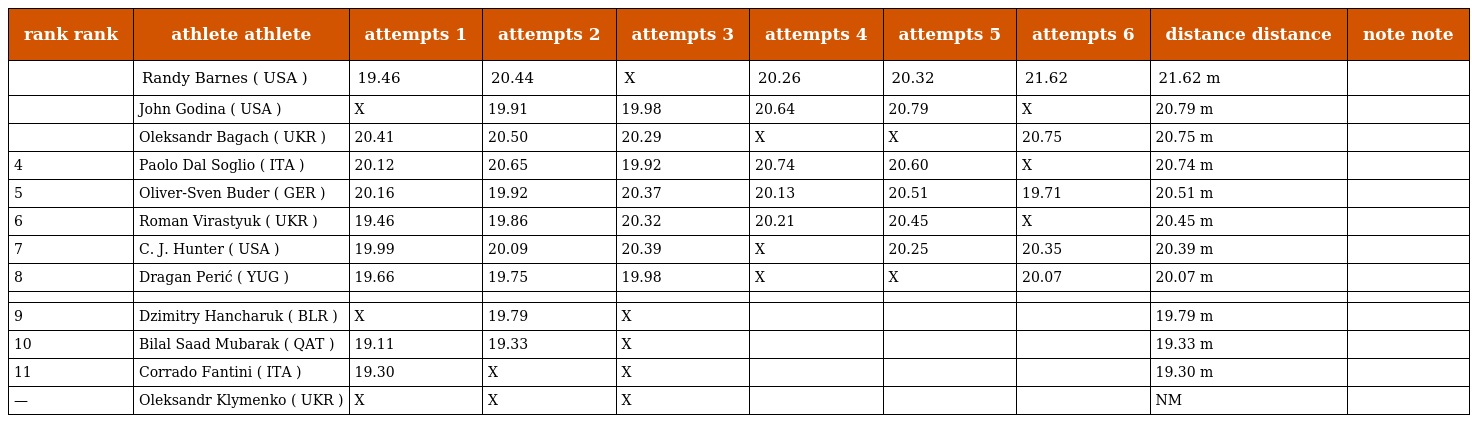
| rank rank | athlete athlete | attempts 1 | attempts 2 | attempts 3 | attempts 4 | attempts 5 | attempts 6 | distance distance | note note |
 | --- | --- | --- | --- | --- | --- | --- | --- | --- | --- |
 |  | Randy Barnes ( USA ) | 19.46 | 20.44 | X | 20.26 | 20.32 | 21.62 | 21.62 m |  |
 |  | John Godina ( USA ) | X | 19.91 | 19.98 | 20.64 | 20.79 | X | 20.79 m |  |
 |  | Oleksandr Bagach ( UKR ) | 20.41 | 20.50 | 20.29 | X | X | 20.75 | 20.75 m |  |
 | 4 | Paolo Dal Soglio ( ITA ) | 20.12 | 20.65 | 19.92 | 20.74 | 20.60 | X | 20.74 m |  |
 | 5 | Oliver-Sven Buder ( GER ) | 20.16 | 19.92 | 20.37 | 20.13 | 20.51 | 19.71 | 20.51 m |  |
 | 6 | Roman Virastyuk ( UKR ) | 19.46 | 19.86 | 20.32 | 20.21 | 20.45 | X | 20.45 m |  |
 | 7 | C. J. Hunter ( USA ) | 19.99 | 20.09 | 20.39 | X | 20.25 | 20.35 | 20.39 m |  |
 | 8 | Dragan Perić ( YUG ) | 19.66 | 19.75 | 19.98 | X | X | 20.07 | 20.07 m |  |
 |  |  |  |  |  |  |  |  |  |  |
 | 9 | Dzimitry Hancharuk ( BLR ) | X | 19.79 | X |  |  |  | 19.79 m |  |
 | 10 | Bilal Saad Mubarak ( QAT ) | 19.11 | 19.33 | X |  |  |  | 19.33 m |  |
 | 11 | Corrado Fantini ( ITA ) | 19.30 | X | X |  |  |  | 19.30 m |  |
 | — | Oleksandr Klymenko ( UKR ) | X | X | X |  |  |  | NM |  |